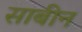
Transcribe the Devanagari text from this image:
साबीन